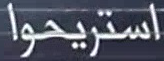
استريحوا